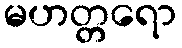
မဟတ္တရော